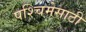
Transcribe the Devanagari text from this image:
पश्चिमेसाठी